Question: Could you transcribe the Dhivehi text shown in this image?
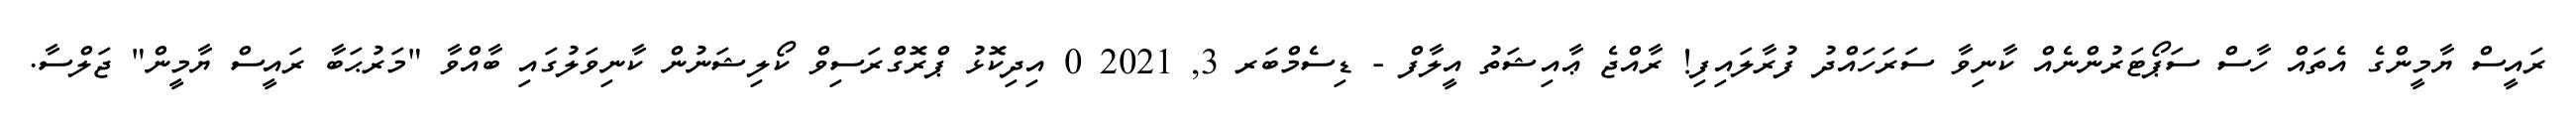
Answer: ރައީސް ޔާމީންގެ އެތައް ހާސް ސަޕޯޓަރުންނެއް ކާނިވާ ސަރަހައްދު ފުރާލައިފި! ރާއްޖެ ޢާއިޝަތު އީލާފް - ޑިސެމްބަރ 3, 2021 0 އިދިކޮޅު ޕްރޮގްރަސިވް ކޯލިޝަނުން ކާނިވަލުގައި ބާއްވާ "މަރުޙަބާ ރައީސް ޔާމީން" ޖަލްސާ.